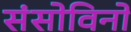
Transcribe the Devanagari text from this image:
संसोविनो